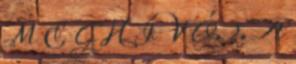
M E G H Í V Ó. 2. A